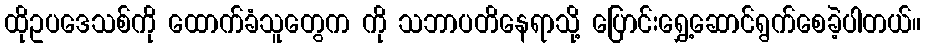
ထိုဥပဒေသစ်ကို ထောက်ခံသူတွေက ကို သဘာပတိနေရာသို့ ပြောင်းရွှေ့ဆောင်ရွက်စေခဲ့ပါတယ်။